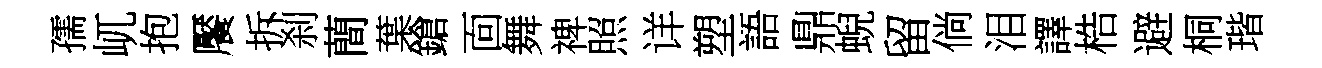
孺屼抱饜拆刹蕳葉鎗靣舞禆照详塑語鼎蜺留倘泪譯梏避桐瑎